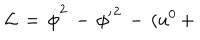
{ \cal L } \, = \, \dot { \phi } ^ { 2 } \, - \, { \phi ^ { \prime } } ^ { 2 } \, - \, ( u ^ { 0 } \, +